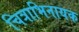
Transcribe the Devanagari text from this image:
चित्राभिनायक